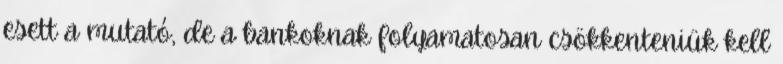
esett a mutató, de a bankoknak folyamatosan csökkenteniük kell